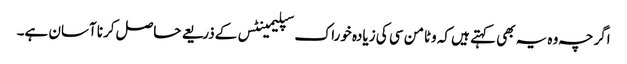
اگرچہ وہ یہ بھی کہتے ہیں کہ وٹامن سی کی زیادہ خوراک سپلیمینٹس کے‌ذریعے حاصل کرنا آسان ہے۔